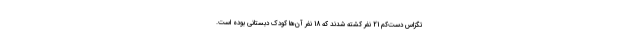
تگزاس دست‌کم 21 نفر کشته شدند که 18 نفر آن‌ها کودک دبستانی بوده است.